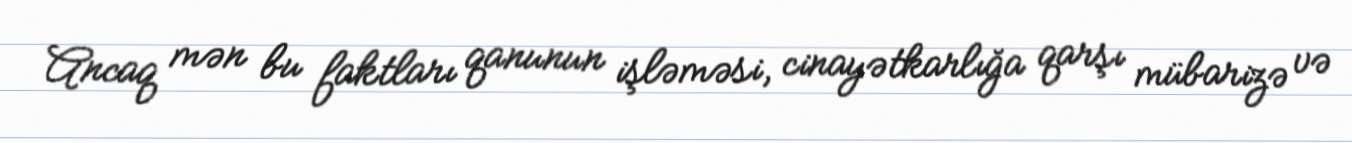
Ancaq mən bu faktları qanunun işləməsi, cinayətkarlığa qarşı mübarizə və